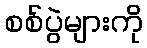
စစ်ပွဲများကို